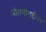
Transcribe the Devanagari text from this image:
ओतगोनतेंगर